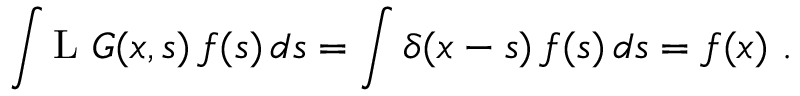
\int \operatorname { L } \, G ( x , s ) \, f ( s ) \, d s = \int \delta ( x - s ) \, f ( s ) \, d s = f ( x ) ~ .